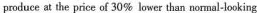
produce t the price of 30% lowur than no mal-looking